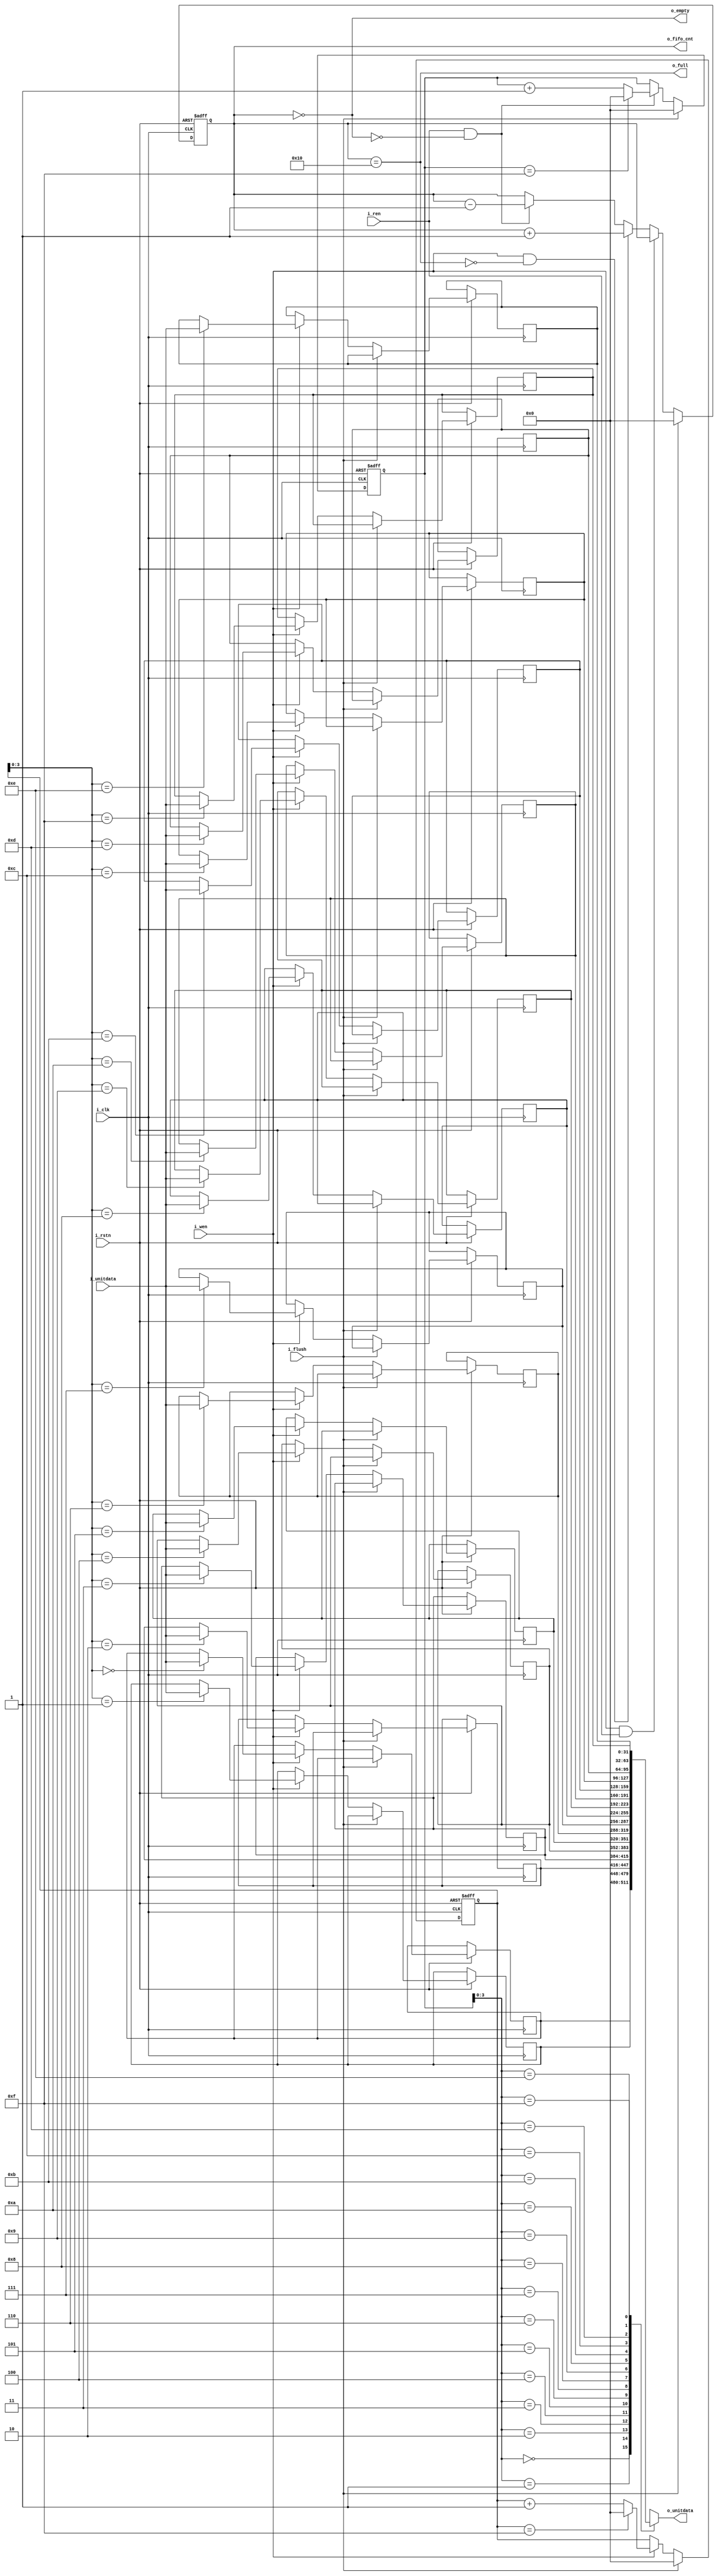



//FIFO
module SYNC_FIFO #(
    parameter unitwid = 32,
    parameter unitdpth = 16
)(
    input wire i_clk,
    input wire i_rstn,

    input wire i_flush,

    input wire i_wen,
    input wire[unitwid-1:0] i_unitdata,
    output wire o_full,

    input wire i_ren,
    output wire[unitwid-1:0] o_unitdata,
    output wire o_empty,

    output reg[$clog2(unitdpth):0] o_fifo_cnt
);


    function integer clogb2 (input integer bit_depth);
    begin
        for(clogb2=0; bit_depth>0; clogb2=clogb2+1)
        bit_depth = bit_depth>>1;
    end
    endfunction

    //fifo
    reg[unitwid-1:0] fifo_units[unitdpth-1:0];
    //fifo,,
    reg[clogb2(unitdpth)-1:0] hptr,eptr;

    
    //hptr + 1
    wire[clogb2(unitdpth)-1:0] hptr_1 = ((hptr == (unitdpth-1)) ? 0 : (hptr + 1));
    //eptr + 1
    wire[clogb2(unitdpth)-1:0] eptr_1 = ((eptr == (unitdpth-1)) ? 0 : (eptr + 1));

    assign o_full =  (o_fifo_cnt == (unitdpth));
    assign o_empty = (o_fifo_cnt == 0);

    always @(posedge i_clk or negedge i_rstn) begin
        if(~i_rstn)begin
            hptr<=0;
            eptr<=0;
            o_fifo_cnt<=0;
        end
        else if(i_flush)begin
            hptr<=0;
            eptr<=0;
            o_fifo_cnt<=0;
        end
        else begin

            if(i_wen & i_ren)begin
                //
            end
            else if(i_wen & (~o_full))begin
                o_fifo_cnt<=o_fifo_cnt + 1;
            end
            else if(i_ren & (~o_empty))begin
                o_fifo_cnt<=o_fifo_cnt - 1;
            end


            if(i_wen)begin//
                fifo_units[hptr] <= i_unitdata;
                hptr<=hptr_1;
            end
            if(i_ren & (~o_empty))begin//
                eptr<=eptr_1;
            end
        end
    end

    assign o_unitdata = fifo_units[eptr];

endmodule




//FIFO
//,,FIFO
module IFU_FIFO #(
    parameter unitwid = 32,
    parameter unitdpth = 16
)(
    input wire i_clk,
    input wire i_rstn,

    input wire i_flush,//FIFO

    input wire i_wen,
    input wire[unitwid-1:0] i_unitdata,

    input wire i_ren,
    output wire[unitwid-1:0] o_unitdata,

    output wire o_empty,
    output reg[$clog2(unitdpth):0] o_fifo_cnt
);


    function integer clogb2 (input integer bit_depth);
    begin
        for(clogb2=0; bit_depth>0; clogb2=clogb2+1)
        bit_depth = bit_depth>>1;
    end
    endfunction

    //fifo
    reg[unitwid-1:0] fifo_units[unitdpth-1:0];
    //fifo,,
    reg[clogb2(unitdpth)-1:0] hptr,eptr;

    
    //hptr + 1
    wire[clogb2(unitdpth)-1:0] hptr_1 = ((hptr == (unitdpth-1)) ? 0 : (hptr + 1));
    //eptr + 1
    wire[clogb2(unitdpth)-1:0] eptr_1 = ((eptr == (unitdpth-1)) ? 0 : (eptr + 1));



    always @(posedge i_clk or negedge i_rstn) begin
        if(~i_rstn)begin
            hptr<=0;
            eptr<=0;
            o_fifo_cnt<=0;
        end
        else if(i_flush)begin
            //ifu
            if(i_wen)begin
                fifo_units[0] <= i_unitdata;
                o_fifo_cnt<=1;
                hptr<=hptr_1;
            end
            else begin//,
                o_fifo_cnt<=0;
                hptr<=0;
            end
            eptr<=0;
        end
        else begin
            if(i_wen & i_ren)begin
                //
            end
            else if(i_wen)begin
                o_fifo_cnt<=o_fifo_cnt + 1;
            end
            else if(i_ren)begin
                o_fifo_cnt<=o_fifo_cnt - 1;
            end


            if(i_wen)begin//
                fifo_units[hptr] <= i_unitdata;
                hptr<=hptr_1;
            end
            if(i_ren)begin//
                eptr<=eptr_1;
            end
        end
    end

    assign o_unitdata = fifo_units[eptr];

    assign o_empty = o_fifo_cnt == 0;

endmodule